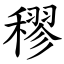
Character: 穋